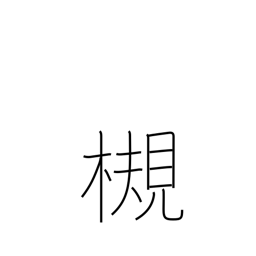
Meaning: Zelkova tree